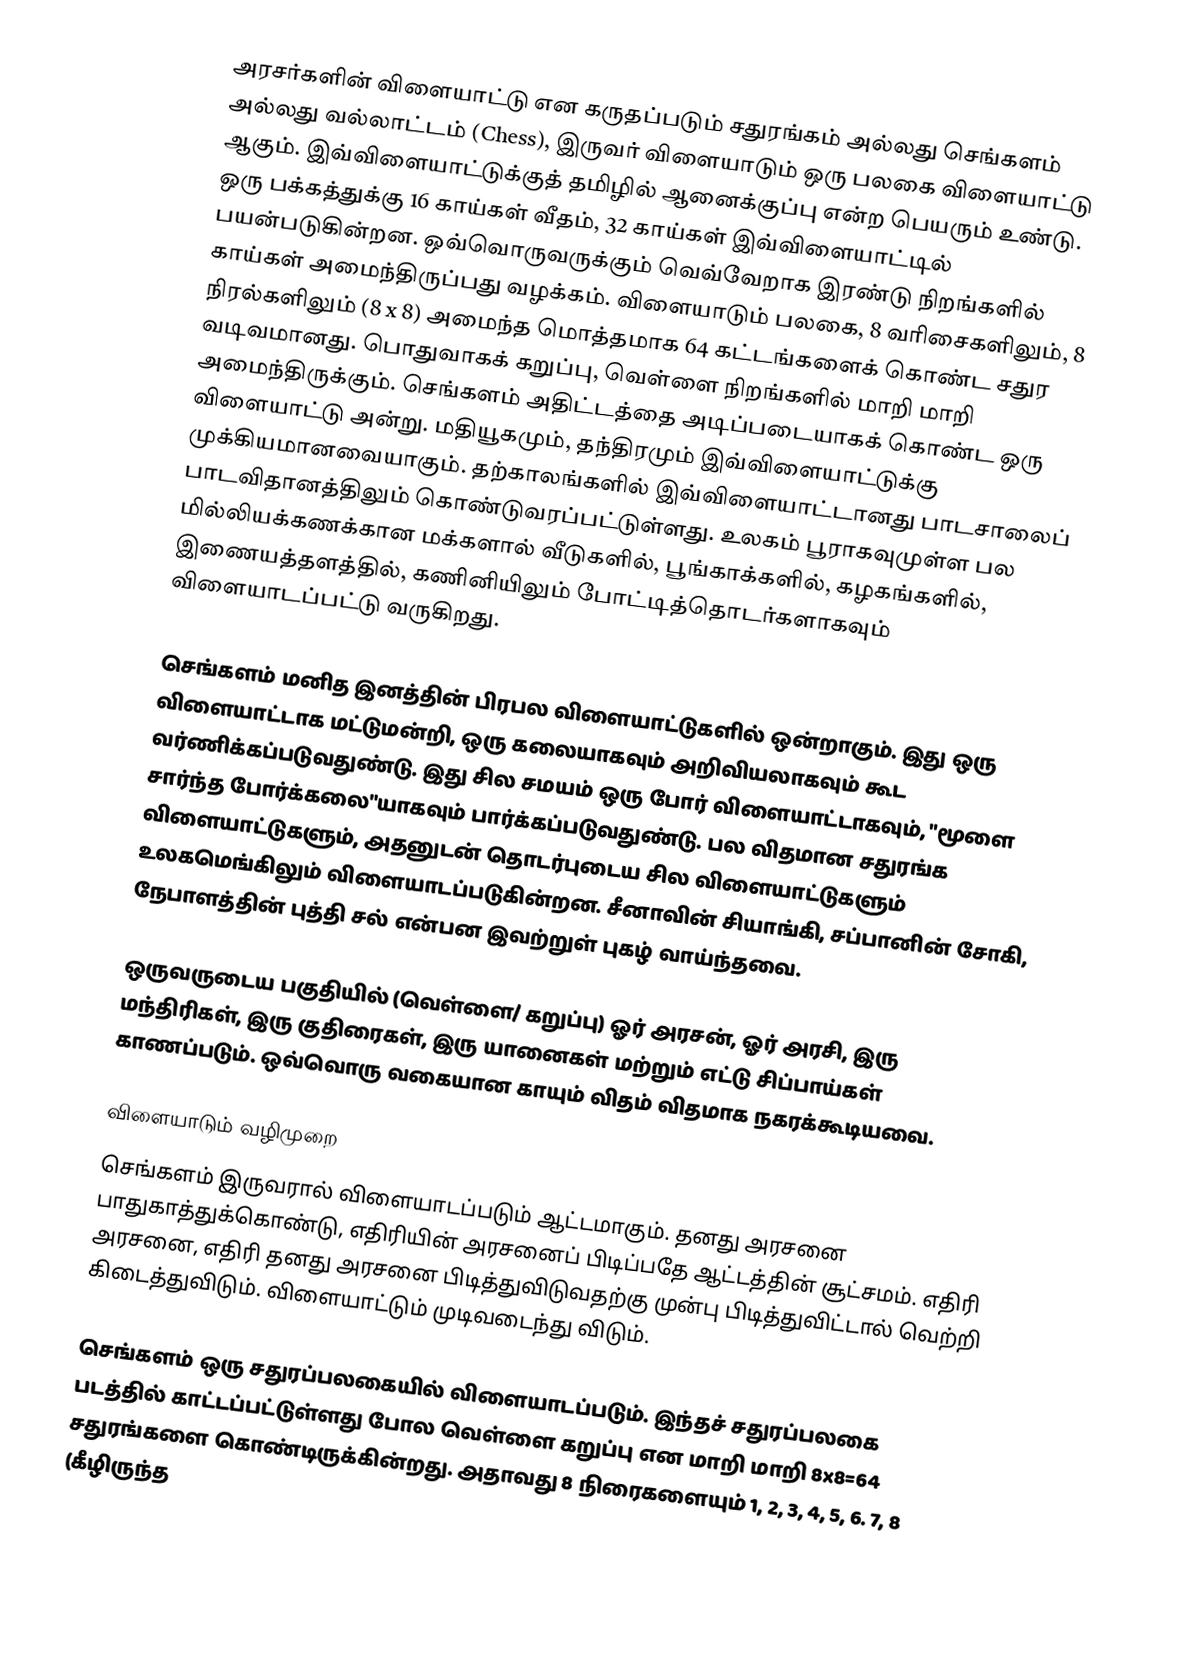
அரசர்களின் விளையாட்டு என கருதப்படும் சதுரங்கம் அல்லது செங்களம் அல்லது வல்லாட்டம் (Chess), இருவர் விளையாடும் ஒரு பலகை விளையாட்டு ஆகும். இவ்விளையாட்டுக்குத் தமிழில் ஆனைக்குப்பு என்ற பெயரும் உண்டு. ஒரு பக்கத்துக்கு 16 காய்கள் வீதம், 32 காய்கள் இவ்விளையாட்டில் பயன்படுகின்றன. ஒவ்வொருவருக்கும் வெவ்வேறாக இரண்டு நிறங்களில் காய்கள் அமைந்திருப்பது வழக்கம். விளையாடும் பலகை, 8 வரிசைகளிலும், 8 நிரல்களிலும் (8 x 8) அமைந்த மொத்தமாக 64 கட்டங்களைக் கொண்ட சதுர வடிவமானது. பொதுவாகக் கறுப்பு, வெள்ளை நிறங்களில் மாறி மாறி அமைந்திருக்கும். செங்களம் அதிட்டத்தை அடிப்படையாகக் கொண்ட ஒரு விளையாட்டு அன்று. மதியூகமும், தந்திரமும் இவ்விளையாட்டுக்கு முக்கியமானவையாகும். தற்காலங்களில் இவ்விளையாட்டானது பாடசாலைப் பாடவிதானத்திலும் கொண்டுவரப்பட்டுள்ளது. உலகம் பூராகவுமுள்ள பல மில்லியக்கணக்கான மக்களால் வீடுகளில், பூங்காக்களில், கழகங்களில், இணையத்தளத்தில், கணினியிலும் போட்டித்தொடர்களாகவும் விளையாடப்பட்டு வருகிறது.

செங்களம் மனித இனத்தின் பிரபல விளையாட்டுகளில் ஒன்றாகும். இது ஒரு விளையாட்டாக மட்டுமன்றி, ஒரு கலையாகவும் அறிவியலாகவும் கூட வர்ணிக்கப்படுவதுண்டு. இது சில சமயம் ஒரு போர் விளையாட்டாகவும், "மூளை சார்ந்த போர்க்கலை"யாகவும் பார்க்கப்படுவதுண்டு. பல விதமான சதுரங்க விளையாட்டுகளும், அதனுடன் தொடர்புடைய சில விளையாட்டுகளும் உலகமெங்கிலும் விளையாடப்படுகின்றன. சீனாவின் சியாங்கி, சப்பானின் சோகி, நேபாளத்தின் புத்தி சல் என்பன இவற்றுள் புகழ் வாய்ந்தவை.

ஒருவருடைய பகுதியில் (வெள்ளை/ கறுப்பு) ஓர் அரசன், ஓர் அரசி, இரு மந்திரிகள், இரு குதிரைகள், இரு யானைகள் மற்றும் எட்டு சிப்பாய்கள் காணப்படும். ஒவ்வொரு வகையான காயும் விதம் விதமாக நகரக்கூடியவை.

விளையாடும் வழிமுறை
செங்களம் இருவரால் விளையாடப்படும் ஆட்டமாகும். தனது அரசனை பாதுகாத்துக்கொண்டு, எதிரியின் அரசனைப் பிடிப்பதே ஆட்டத்தின் சூட்சமம். எதிரி அரசனை, எதிரி தனது அரசனை பிடித்துவிடுவதற்கு முன்பு பிடித்துவிட்டால் வெற்றி கிடைத்துவிடும். விளையாட்டும் முடிவடைந்து விடும்.

செங்களம் ஒரு சதுரப்பலகையில் விளையாடப்படும்.  இந்தச் சதுரப்பலகை படத்தில் காட்டப்பட்டுள்ளது போல வெள்ளை கறுப்பு என மாறி மாறி 8x8=64 சதுரங்களை கொண்டிருக்கின்றது.  அதாவது 8 நிரைகளையும் 1, 2, 3, 4, 5, 6. 7, 8 (கீழிருந்த